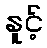
နူင့်